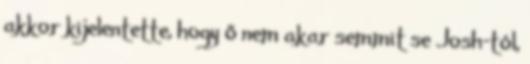
akkor kijelentette, hogy ő nem akar semmit se Josh-tól,